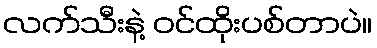
လက်သီးနဲ့ ဝင်ထိုးပစ်တာပဲ။